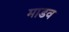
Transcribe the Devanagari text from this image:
माडव